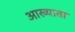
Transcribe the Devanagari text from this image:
आख्याता